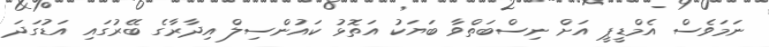
ނަމަވެސް އެމްޑީޕީ އަށް ނިސްބަތްވާ ބަޔަކު އަތޮޅު ކައުންސިލް އިދާރާގެ ބޭރުގައި އަޑުގަދަ